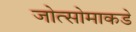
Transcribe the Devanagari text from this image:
जोत्सोमाकडे